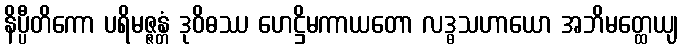
နိပ္ပီတိကော ပရိမဇ္ဇန္တံ ဒုဝိဓဿ ဟေဋ္ဌိမကာယတော လဒ္ဓသဟာယော အဘိမတ္ထေယျ